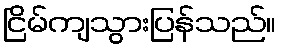
ငြိမ်ကျသွားပြန်သည်။